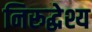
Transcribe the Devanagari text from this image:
निरूद्धेश्य